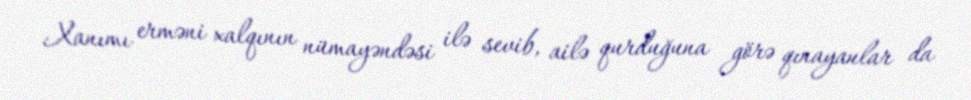
Xanımı erməni xalqının nümayəndəsi ilə sevib, ailə qurduğuna görə qınayanlar da